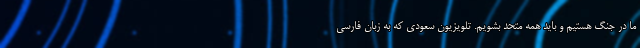
ما در جنگ هستیم و باید همه متحد بشویم. تلویزیون سعودی که به زبان فارسی